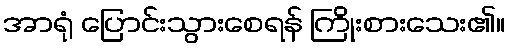
အာရုံ ပြောင်းသွားစေရန် ကြိုးစားသေး၏။